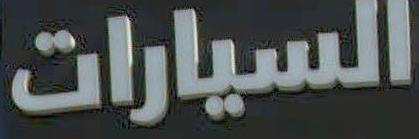
السيارات